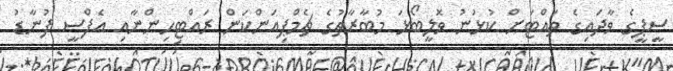
ސީޕީގެ ވާދައިގެ ތައްޓަށް ކުޅުނު ވޮލީބޯޅަ މުބާރާތުގެ ޗެމްޕިއަންކަން ރައްޓިހިންނާއި އެފްސީ ފުނާޑު